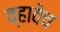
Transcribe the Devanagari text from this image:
व्हावेच